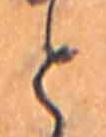
と